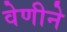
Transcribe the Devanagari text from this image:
वेणीने